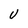
Character: U